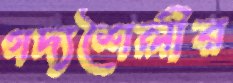
গদ্যশৈলীর